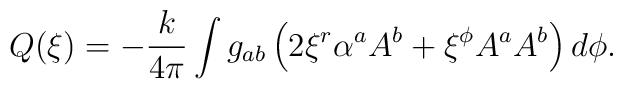
Q(\xi) = -{k\over 4\pi}\int g_{ab} \left( 2\xi^r \alpha^a A^b +     \xi^\phi A^a A^b \right)d\phi.